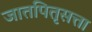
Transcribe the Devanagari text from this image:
जातपितृसत्ता